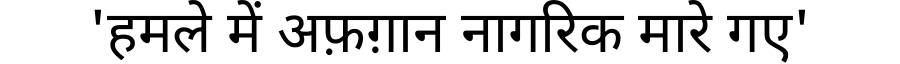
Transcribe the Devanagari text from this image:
'हमले में अफ़ग़ान नागरिक मारे गए'